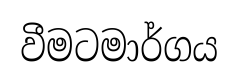
වීමටමාර්ගය